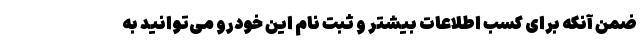
ضمن آنکه برای کسب اطلاعات بیشتر و ثبت نام این خودرو می‌توانید به